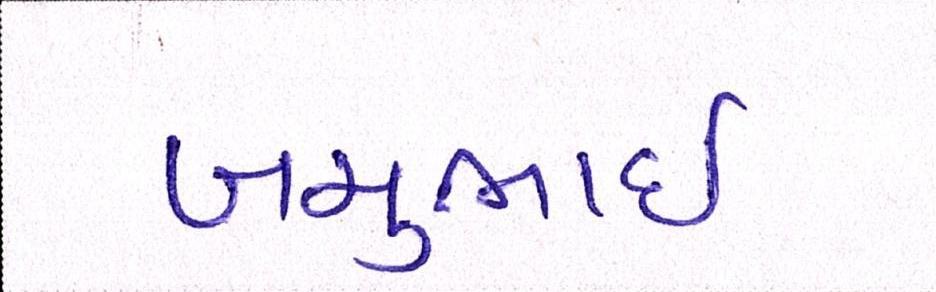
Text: બચુભાઈ